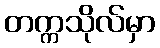
တက္ကသိုလ်မှာ